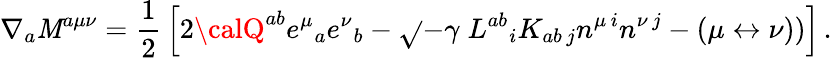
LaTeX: \nabla_{a}{\cal\mathit{M}}^{a\mu\nu}={\frac{{1}}{{2}}}\left[2{\calQ}^{ab}e^{\mu}{}_{a}e^{\nu}{}_{b}-\sqrt{}{{-\gamma}}\; L^{ab}{}_{i}K_{ab\, j}n^{\mu\, i}n^{\nu\, j}-(\mu\leftrightarrow\nu))\right]\, .